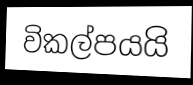
විකල්පයයි